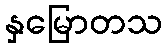
နှမြောတသ